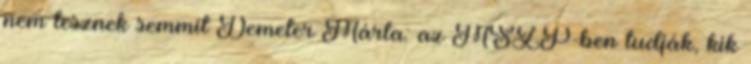
nem tesznek semmit Demeter Márta: az MSZP-ben tudják, kik